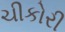
ચીકોરી